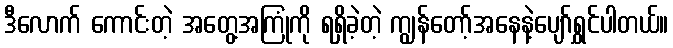
ဒီလောက် ကောင်းတဲ့ အတွေ့အကြုံကို ရရှိခဲ့တဲ့ ကျွန်တော့်အနေနဲ့ပျော်ရွှင်ပါတယ်။